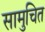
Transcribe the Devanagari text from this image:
सामुचित